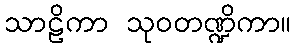
သာဠိကာ သုဝတဏ္ဍိကာ။